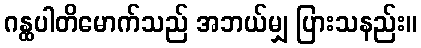
ဂန္ထပါတိမောက်သည် အဘယ်မျှ ပြားသနည်း။